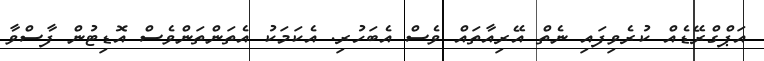
އަޕްގްރޭޑެއް ކުރެވިފައި ނެތް އޭރިއާތައް ވެސް އެބަހުރި. އެކަމަކު އެތަންތަންވެސް އޮޑިޓުން ފާސްވާ